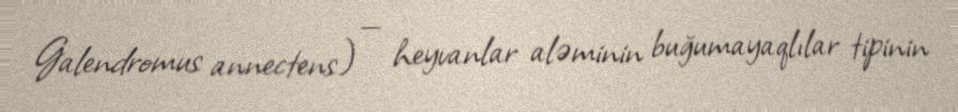
Galendromus annectens) — heyvanlar aləminin buğumayaqlılar tipinin